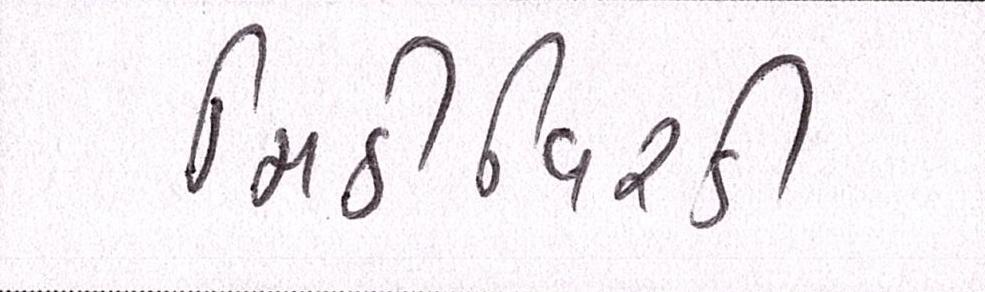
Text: મિઠીવિરડી